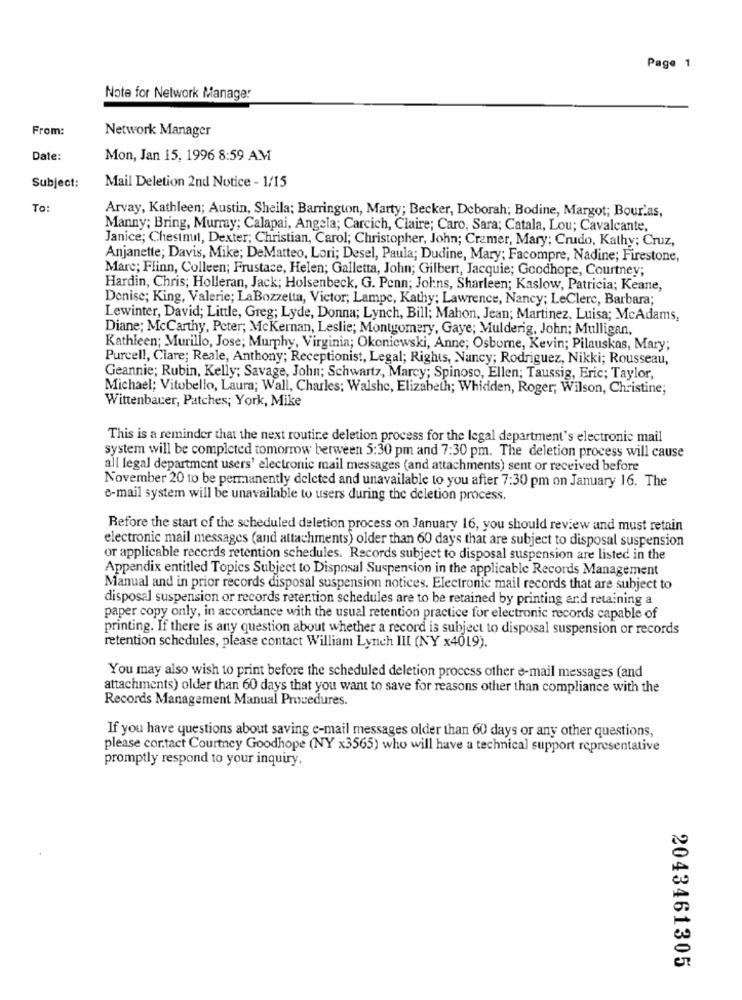
Page 1
Note for Network Manager
From:
Network Manager
Date:
Mon, Jan 15, 1996 8:59 AM
Subject:
Mail Deletion 2nd Notice - 1/15
To:
Arvay, Kathleen; Austin, Sheila; Barrington, Marty; Becker, Deborah; Bodine, Margot; Bour.as,
Manny; Bring, Murray; Calapai, Angela; Carcich, Claire; Caro, Sara; Catala, Lou; Cavalcante.
Janice; Chestnut, Dexter; Christian, Carol; Christopher, John; Cramer, Mary; Crudo, Kathy; Cruz,
Anjanette; Davis, Mike; DeMatteo, Lori; Desel, Paula; Dudine, Mary; Facompre, Nadine; Firestone,
Marc; Flinn, Colleen; Frustace, Helen; Galletta, John; Gilbert, Jacquie; Goodhope, Courtney;
Hardin, Chris; Holleran, Jack; Holsenbeck, G. Penn; Johns, Sharleen; Kaslow, Patricia; Keane,
Denise; King, Valerie; LaBozzetta, Victor; Lampe, Kathy; Lawrence, Nancy; LeClerc, Barbara;
Lewinter, David; Little, Greg; Lyde, Donna; Lynch, Bill; Mahon, Jean; Martinez, Luisa; McAdams,
Diane; McCarthy, Peter; McKernan, Leslie; Montgomery, Gaye; Mulderig, John; Mulligan,
Kathleen; Murillo, Jose; Murphy, Virginia; Okoniewski, Anne; Osborne, Kevin; Pilauskas, Mary;
Purcell, Clare; Reale, Anthony; Receptionist, Legal; Rights, Nancy; Rodriguez, Nikki; Rousseau,
Geannie; Rubin, Kelly; Savage, John; Schwartz, Marcy; Spinoso, Ellen; Taussig, Eric; Taylor,
Michael; Vitobello, Laura; Wall, Charles; Walshe, Elizabeth; Whidden, Roger, Wilson, Christine;
Wittenbauer, Patches; York, Mike
This is a reminder that the next routine deletion process for the legal department's electronic mail
system will be completed tomorrow between 5:30 pm and 7:30 pm. The deletion process will cause
all legal department users' electronic mail messages (and attachments) sent or received before
November 20 to be permanently deleted and unavailable to you after 7:30 pm on January 16. The
e-mail system will be unavailable to users during the deletion process.
Before the start of the scheduled deletion process on January 16, you should review and must retain
electronic mail messages (and attachments) older than 60 days that are subject to disposal suspension
or applicable records retention schedules. Records subject to disposal suspension are listed in the
Appendix entitled Topics Subject to Disposal Suspension in the applicable Records Management
Manual and in prior records disposal suspension notices. Electronic mail records that are subject to
disposal suspension or records retention schedules are to be retained by printing and retaining a
paper copy only, in accordance with the usual retention practice for electronic records capable of
printing. If there is any question about whether a record is subject to disposal suspension or records
retention schedules, please contact William Lynch III (NY x4019).
You may also wish to print before the scheduled deletion process other e-mail messages (and
attachments) older than 60 days that you want to save for reasons other than compliance with the
Records Management Manual Procedures.
If you have questions about saving e-mail messages older than 60 days or any other questions,
please cor.tact Courtney Goodhope (NY x3565) who will have a technical support representative
promptly respond to your inquiry.
2043461305